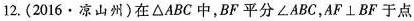
12.(2016·凉山州)在\triangle ABC中，BF平分\angle ABC，$$AF\bot BF$$于点